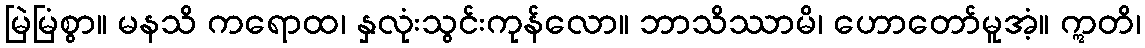
မြဲမြံစွာ။ မနသိ ကရောထ၊ နှလုံးသွင်းကုန်လော။ ဘာသိဿာမိ၊ ဟောတော်မူအံ့။ ဣတိ၊